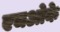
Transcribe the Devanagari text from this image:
एचओके